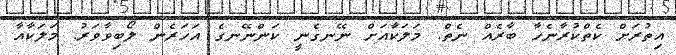
އިތުރަށް ކެތްކުރާނެހާ ބާރެއް ނެތް. މަލަކާއަށް ނޭނގެނީ ކަންނޭނގެ އަހަރެން ލޯބިވާވަރު. މަލަކާއާ